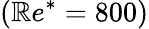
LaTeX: (\mathbb{R}e^{*}=800)